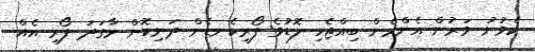
ކެވުނު ވަރުން އެންމެން ބިއްޖެހި ލޮޑުވެ ފޯރިކެނޑެން ދަނިކޮށް މާގަދަ ފޯރި އެއް